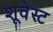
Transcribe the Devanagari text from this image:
शूवेस्ट